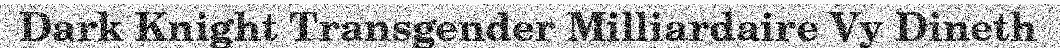
Dark Knight Transgender Milliardaire Vy Dineth